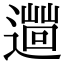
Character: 𨗞